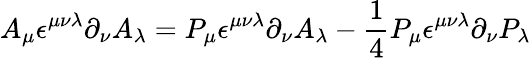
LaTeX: A_{\mu}\epsilon^{\mu\nu\lambda}\partial_{\nu}A_{\lambda}=P_{\mu}\epsilon^{\mu\nu\lambda}\partial_{\nu}A_{\lambda}-\frac{1}{4}P_{\mu}\epsilon^{\mu\nu\lambda}\partial_{\nu}P_{\lambda}